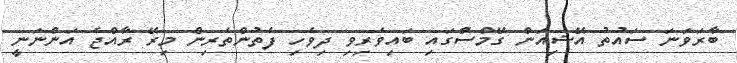
ބާރަވަނަ ސައުތު އޭޝިއަން ގޭމްސްގައި ބައިވެރިވި ދިވެހި ފެތުންތެރިން މިރޭ ރާއްޖެ އަންނަނީ